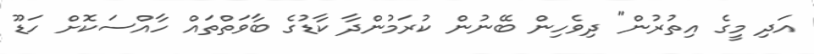
އަދި މީގެ އިތުރުން" ދިވެހިން ބޭނުން ކުރަމުންދާ ކާޑުގެ ބާވަތްތައް ހާއްސަކޮށް ހަޑޫ